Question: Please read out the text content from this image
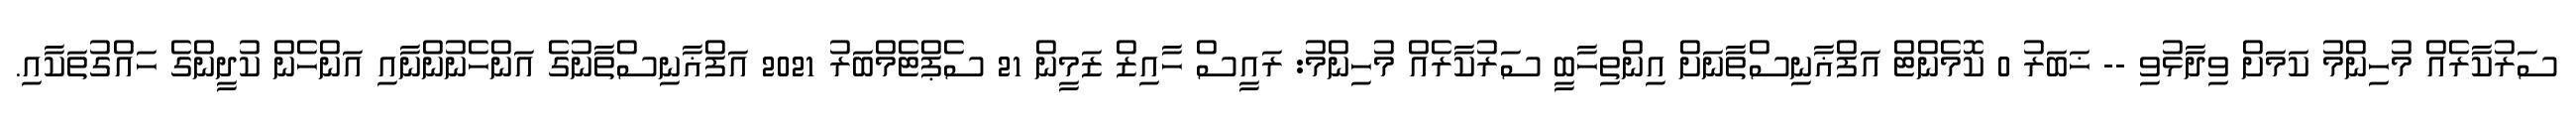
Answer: ސަރުކާރެއް މުހިންމު ކަމަށް ވިދާޅުވި -- ޚަބަރު 0 ކޮމެންޓް އަފްޣާނިސްތާނަށް އިންތިހާބީ ސަރުކާރެއް މުހިންމު: ރައީސް ހާއިޒް ޒަމީން 21 ސެޕްޓެމްބަރު 2021 އަފްޣާނިސްތާނުގެ އަންހެނުންނާއި އަންހެން ކުދީންގެ ހައްގުތަކާއި.